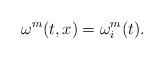
LaTeX: \begin{align*} \omega^m(t,x)=\omega^m_i(t).\end{align*}